Annual report on the health of the army in India
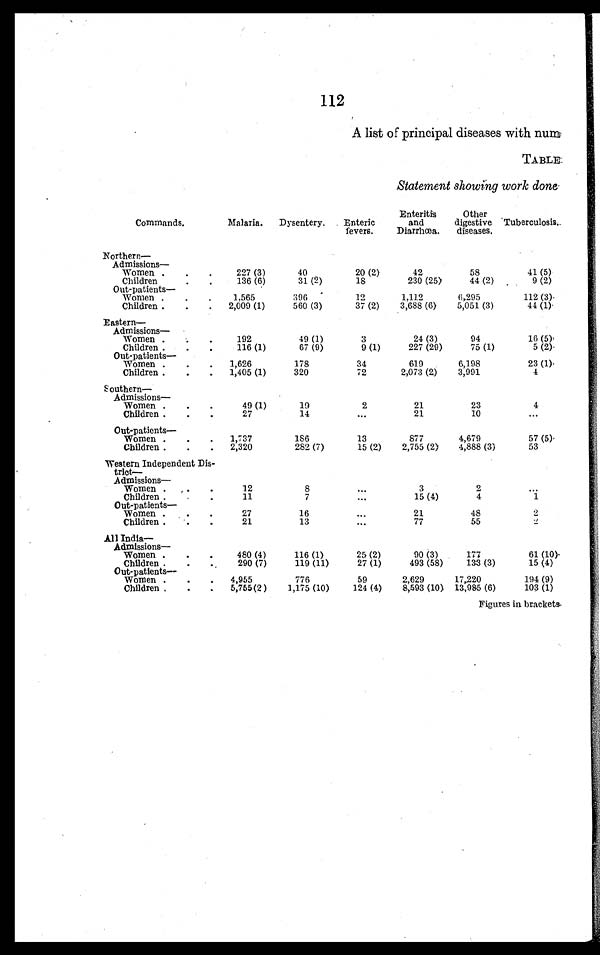
112
A list of principal diseases with num
TABLE
Statement showing work done
Commands.
Malaria.
Dysentery.
Enteric
fevers.
Enteritis
and
Diarrhœa.
Other
digestive
diseases.
Tuberculosis.
Northern—
Admissions—
Women . . .
227 (3)
40
20 (2)
42
58
41 (5)
9 (2)
230 (25)
44 (2)
Children . . .
136 (6)
31 (2)
18
Out-patients—
Women . . .
1,565
396
1 2 1,112
6,295
112 (3)
3,688 (6)
5,051 (3)
44 (1)
Children . . .
2,009 (1)
560 (3)
37 (2)
Eastern—
Admissions—
Women . . .
192
49 (1)
3
24 (3)
94
1 6 ( 5 )
227 (29)
75 (1)
5 (2)
Children . . .
116 (1)
67 (9)
9 (1)
Out-patients—-23 ( 1) .
Women . . .
1,626
178
34
619
6,198
3,991
4
1,405 (1)
320
72
2,073 (2)
Children . . .
Southern—
Admissions—
Women . . .
49 (1)
19
2
21
23
4
10
21
Children . . .
27
14
. . .
. . .
Out-patients —
Women . . .
1,737
1 8 6
13
877
4,679
57 (5).
2,755 (2)
4,888 (3)
53
Children . . .
2,320
282 (7)
15 (2)
Western Independent Dis-
trict—
Admissions—
Women . . .
12
8
. . .
3
2
. . .
15 (4)
4
1
Children . . .
11
7
. . .
Out-patients —
Women . . .
27
16
. . .
21
48
2
77
55
. . .
Children . . .
21
13
. . .
All India—
Admissions—
Women . . .
480 (4)
116 (1)
25 (2)
90 (3)
177
61 (10)
27 (1)
493 (58)
Children . . .
290 (7)
119 (11)
133 (3)
15 (4)
Out-patients—
Women . . .
4,955
776
59
2,629
17,220
194 (9)
8,593 (10) 13,985 (6)
103 (1)
Children . . .
5,755(2)
1,175 (10)
124 (4)
Figures in brackets